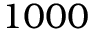
1 0 0 0